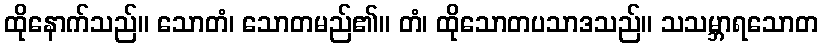
ထိုနောက်သည်။ သောတံ၊ သောတမည်၏။ တံ၊ ထိုသောတပသာဒသည်။ သသမ္ဘာရသောတ